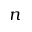
n